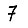
Digit: 7